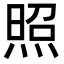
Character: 照